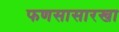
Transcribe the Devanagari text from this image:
फणसासारखा